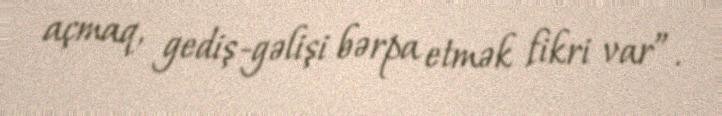
açmaq, gediş-gəlişi bərpa etmək fikri var”.